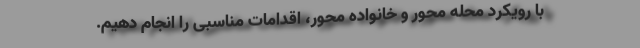
با رویکرد محله محور و خانواده محور، اقدامات مناسبی را انجام دهیم.